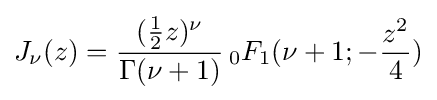
J_{\nu }(z)={\frac {({\tfrac {1}{2}}z)^{\nu }}{\Gamma (\nu +1)}}\,_{0}F_{1}(\nu +1;-{\frac {z^{2}}{4}})